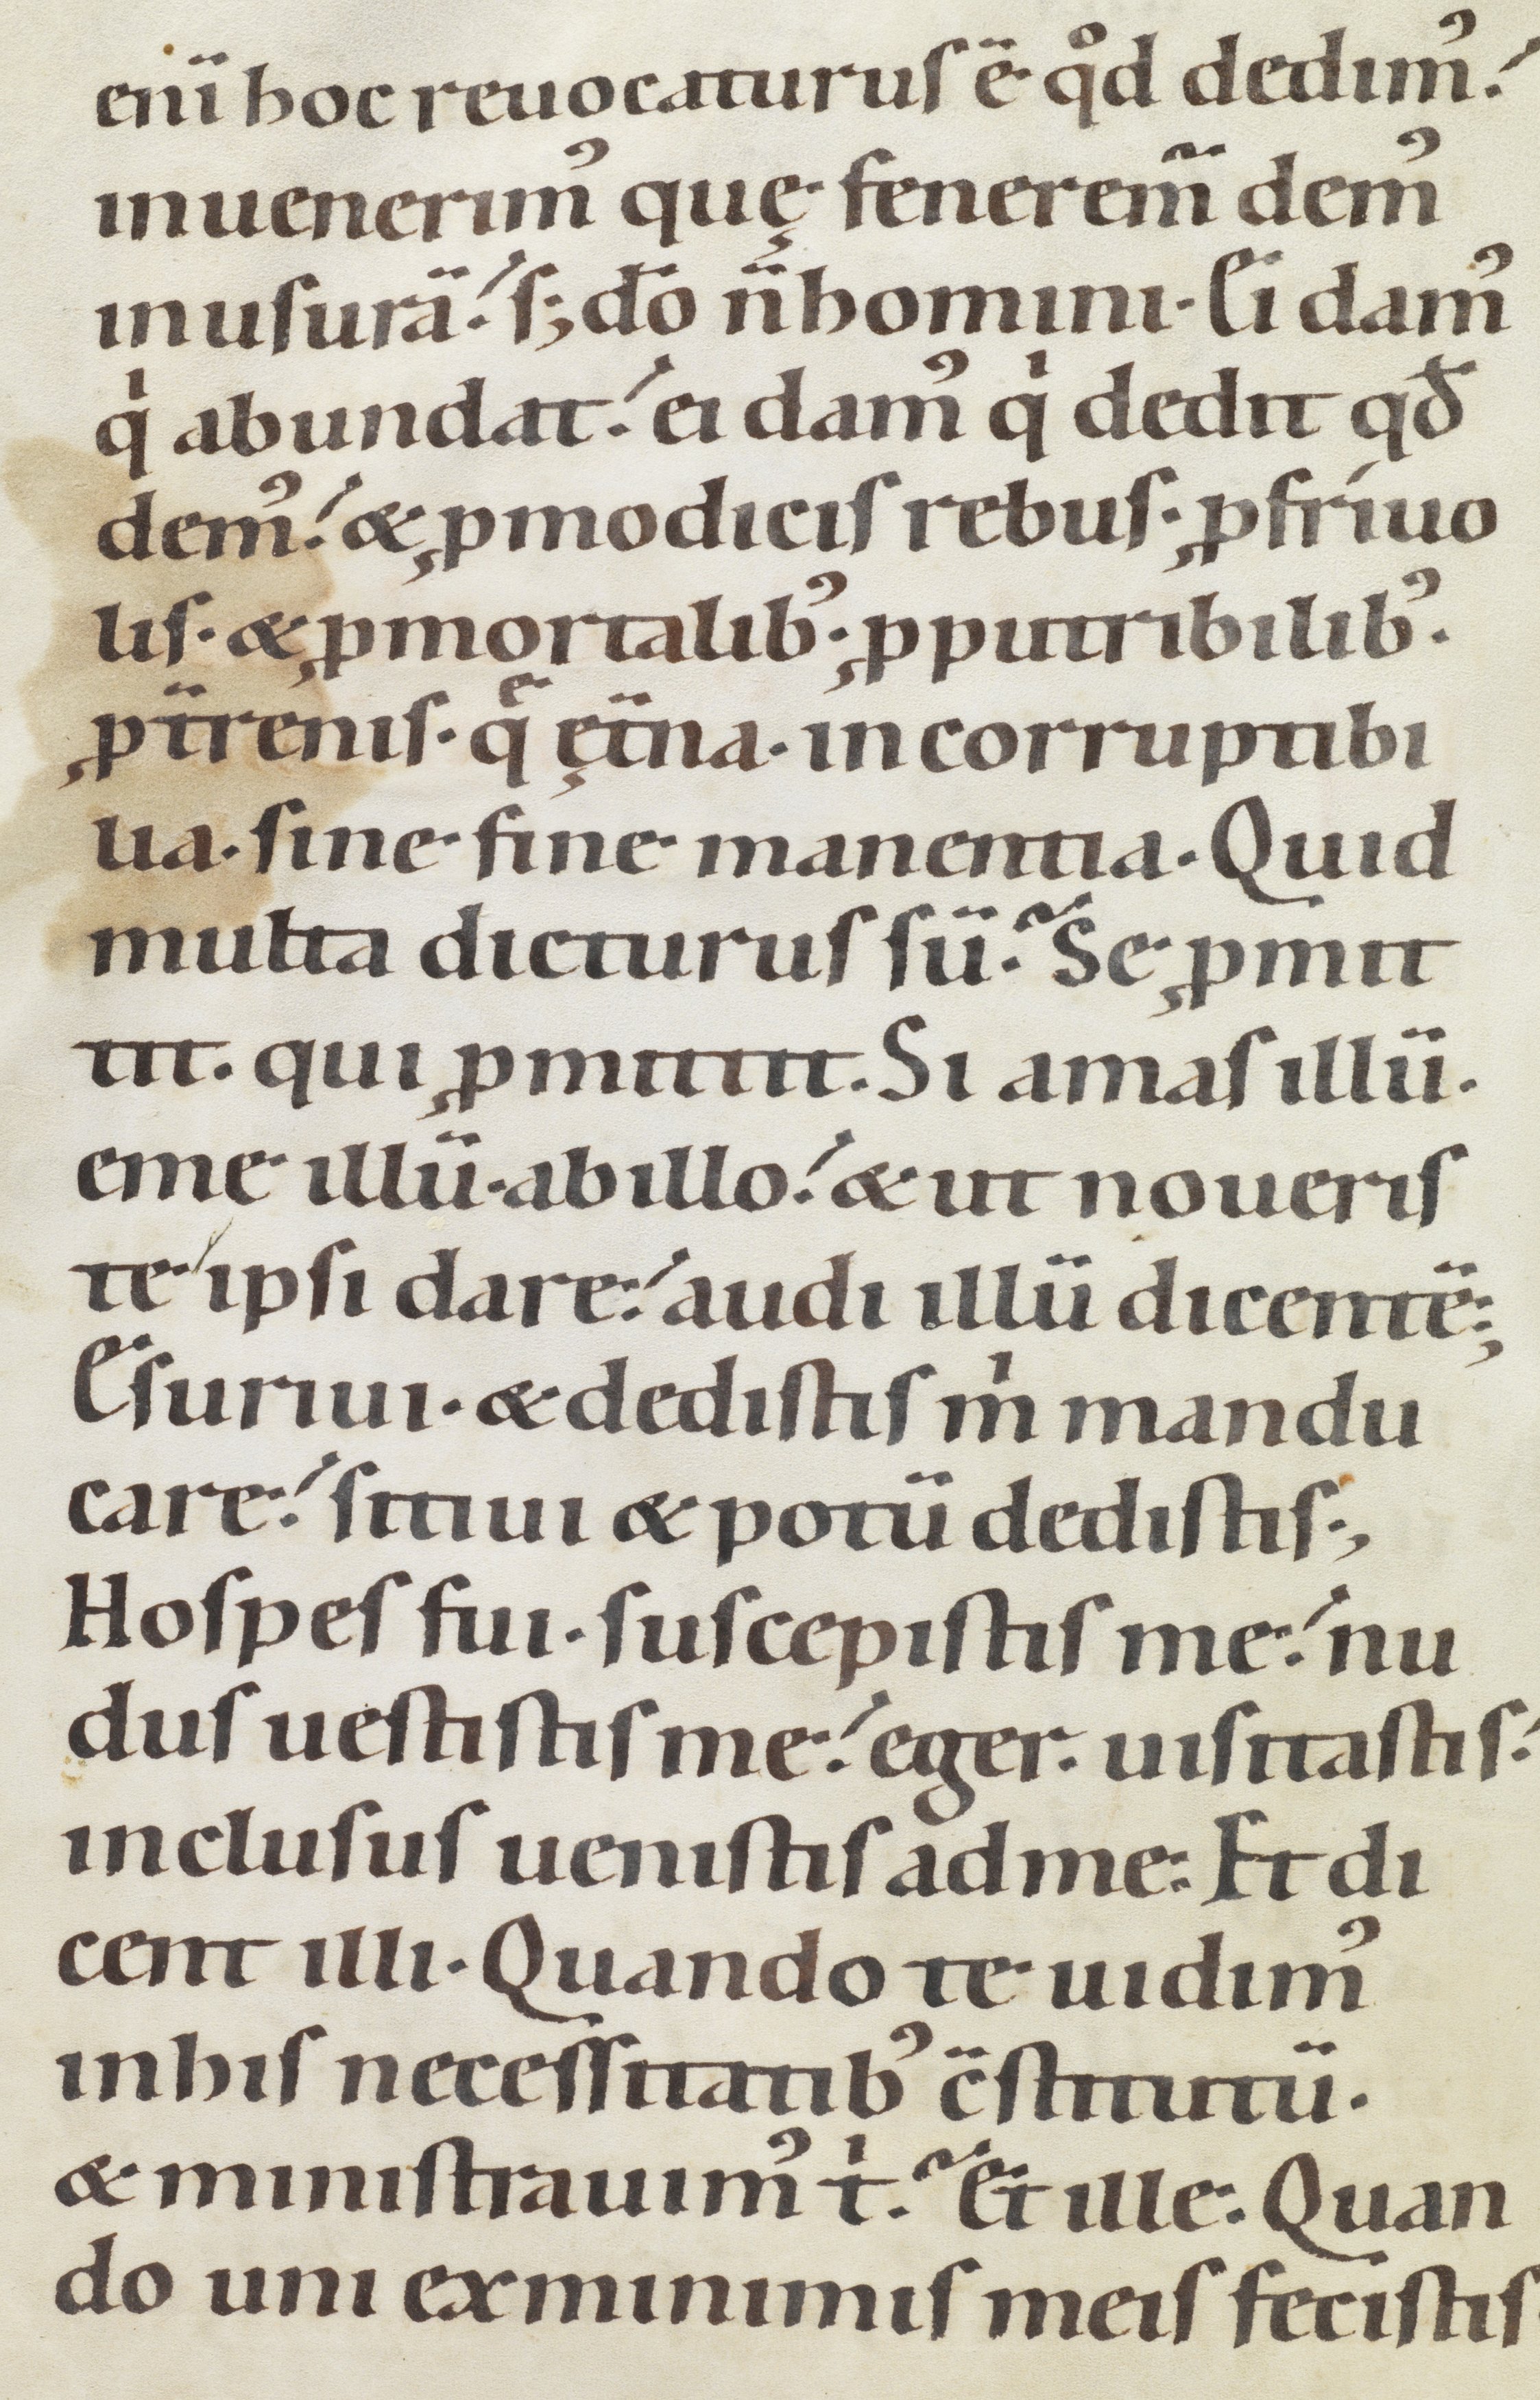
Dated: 1100–1199